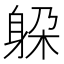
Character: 躱